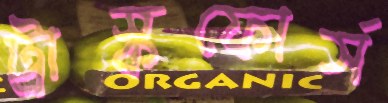
ট্রাস্কফোর্স